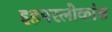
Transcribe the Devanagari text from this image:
इहपरलोकांत